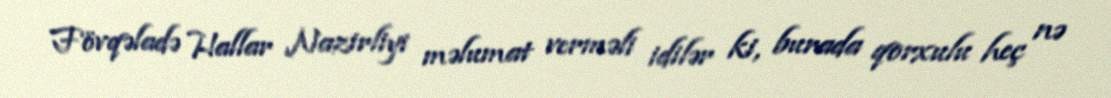
Fövqəladə Hallar Nazirliyi məlumat verməli idilər ki, burada qorxulu heç nə